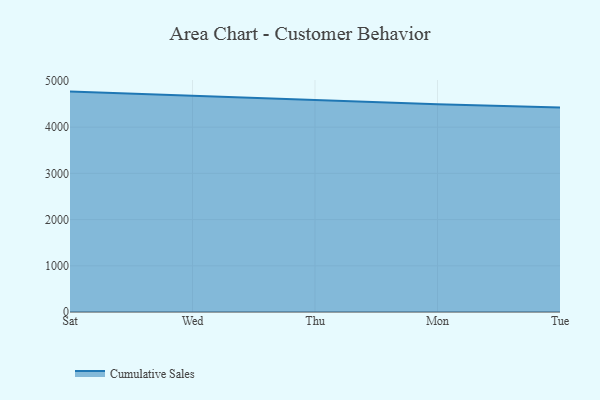
{"axis": {"x": "Day", "y": "Energy Usage (MWh)"}, "legend": ["Cumulative Sales"], "data": [{"x": "Sat", "y": 4768.8, "type": "Cumulative Sales"}, {"x": "Wed", "y": 4672.4, "type": "Cumulative Sales"}, {"x": "Thu", "y": 4584.9, "type": "Cumulative Sales"}, {"x": "Mon", "y": 4493.5, "type": "Cumulative Sales"}, {"x": "Tue", "y": 4425.1, "type": "Cumulative Sales"}]}